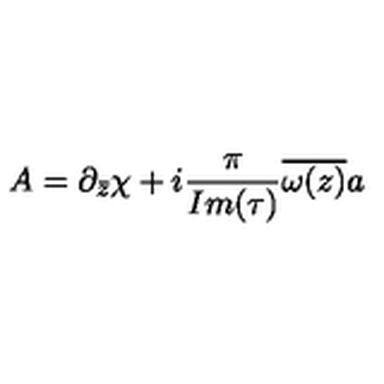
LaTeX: A = \partial _ { \bar { z } } \chi + i { \frac { \pi } { I m ( \tau ) } } \overline { { \omega ( z ) } } a